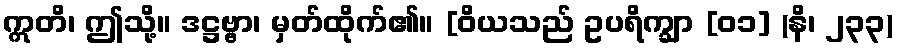
ဣတိ၊ ဤသို့။ ဒဋ္ဌဗ္ဗာ၊ မှတ်ထိုက်၏။ [ဝိယသည် ဥပရိက္ချာ [၀၁] (နိ၊ ၂၃၃)